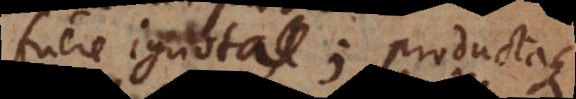
fuere ignota; productaque